Report on horse surra - Volume II, Part I
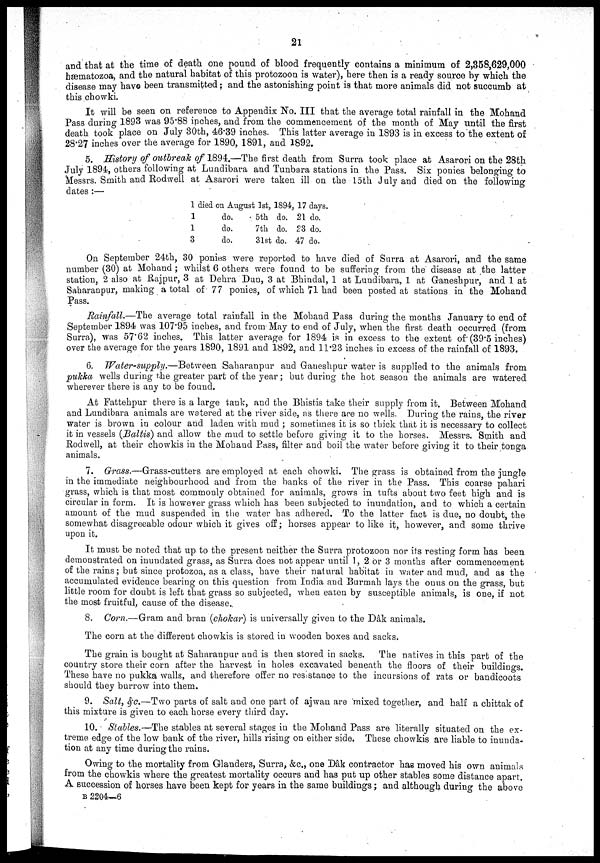
21
and that at the time of death one pound of blood frequently contains a minimum of 2,358,629,000
hæmatozoa, and the natural habitat of this protozoon is water), here then is a ready source by which the
disease may have been transmitted ; and the astonishing point is that more animals did not succumb at
this chowki.
It will be seen on reference to Appendix No. III that the average total rainfall in the Mohand
Pass during 1893 was 95.88 inches, and from the commencement of the month of May until the first
death took place on July 30th, 46.39 inches. This latter average in 1893 is in excess to the extent of
28.27 inches over the average for 1890, 1891, and 1892.
5. History of outbreak of 1894.—The first death from Surra took place at Asarori on the 28th
July 1894, others following at Lundibara and Tunbara stations in the Pass. Six ponies belonging to
Messrs. Smith and Rodwell at Asarori were taken ill on the 15th July and died on the following
dates :—
1 died on August 1st, 1894, 17 days.
1
1
3
do.
do.
do.
5th
7th
31st
do.
do.
do.
21 do.
23 do.
47 do.
On September 24th, 30 ponies were reported to have died of Surra at Asarori, and the same
number (30) at Mohand ; whilst 6 others were found to be suffering from the disease at the latter
station, 2 also at Rajpur, 3 at Dehra Dun, 3 at Bhindal, 1 at Lundibara, 1 at Ganeshpur, and 1 at
Saharanpur, making a total of 77 ponies, of which 71 had been posted at stations in the Mohand
Pass.
Rainfall.—The average total rainfall in the Mohand Pass during the months January to end of
September 1894 was 107.95 inches, and from May to end of July, when the first death occurred (from
Surra), was 57.62 inches. This latter average for 1894 is in excess to the extent of (39.5 inches)
over the average for the years 1890, 1891 and 1892, and 11.23 inches in excess of the rainfall of 1893.
6. Water-supply.—Between
Saharanpur and Ganeshpur water is supplied to the animals from
pukka wells during the greater part of the year ; but during the hot season the animals are watered
wherever there is any to be found.
At Fattehpur there is a large tank, and the Bhistis take their supply from it. Between Mohand
and Lundibara animals are watered at the river side, as there are no wells. During the rains, the river
water is brown in colour and laden with mud ; sometimes it is so thick that it is necessary to collect
it in vessels (Baltis) and allow the mud to settle before giving it to the horses. Messrs. Smith and
Rodwell, at their chowkis in the Mohand Pass, filter and boil the water before giving it to their tonga
animals.
7. Grass.—Grass-cutters
are employed at each chowki. The grass is obtained from the jungle
in the immediate neighbourhood and from the banks of the river in the Pass. This coarse pahari
grass, which is that most commonly obtained for animals, grows in tufts about two feet high and is
circular in form. It is however grass which has been subjected to inundation, and to which a certain
amount of the mud suspended in the water has adhered. To the latter fact is due, no doubt, the
somewhat disagreeable odour which it gives off ; horses appear to like it, however, and some thrive
upon it.
It must be noted that up to the present neither the Surra protozoon nor its resting form has been
demonstrated on inundated grass, as Surra does not appear until 1, 2 or 3 months after commencement
of the rains; but since protozoa, as a class, have their natural habitat in water and mud, and as the
accumulated evidence bearing on this question from India and Burmah lays the onus on the grass, but
little room for doubt is left that grass so subjected, when eaten by susceptible animals, is one, if not
the most fruitful, cause of the disease.
8. Corn.—Gram and bran (chokar) is universally given to the Dâk animals.
The corn at the different chowkis is stored in wooden boxes and sacks.
The grain is bought at Saharanpur and is then stored in sacks. The natives in this part of the
country store their corn after the harvest in holes excavated beneath the floors of their buildings.
These have no pukka walls, and therefore offer no resistance to the incursions of rats or bandicoots
should they burrow into them.
9. Salt, &c.—Two parts of salt and one part of ajwan are mixed together, and half a chittak of
this mixture is given to each horse every third day.
10. Stables.—The stables at several stages in the Mohand Pass are literally situated on the ex-
treme edge of the low bank of the river, hills rising on either side. These chowkis are liable to inunda-
tion at any time during the rains.
Owing to the mortality from Glanders, Surra, &c., one Dâk contractor has moved his own animals
from the chowkis where the greatest mortality occurs and has put up other stables some distance apart.
A succession of horses have been kept for years in the same buildings ; and although during the above
B 2204—6